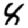
Digit: 8